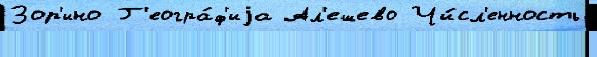
Зор'ино Г'еогра́ф'иjа Ал'ешево Чи́сл'енность